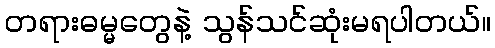
တရားဓမ္မတွေနဲ့ သွန်သင်ဆုံးမရပါတယ်။